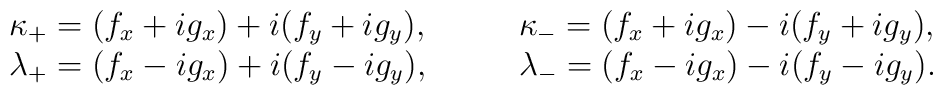
\begin{array}{ll}\kappa_{+}=(f_{x}+ig_{x})+i(f_{y}+ig_{y}), &\qquad \kappa_{-}=(f_{x}+ig_{x})-i(f_{y}+ig_{y}), \\\lambda_{+}=(f_{x}-ig_{x})+i(f_{y}-ig_{y}), &\qquad \lambda_{-}=(f_{x}-ig_{x})-i(f_{y}-ig_{y}).\end{array}